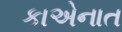
કાએનાત